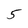
Character: 5